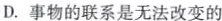
D.事物的联系是无法改变的